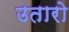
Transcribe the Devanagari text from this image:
उतारो